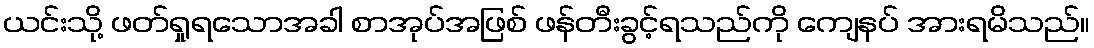
ယင်းသို့ ဖတ်ရှုရသောအခါ စာအုပ်အဖြစ် ဖန်တီးခွင့်ရသည်ကို ကျေနပ် အားရမိသည်။